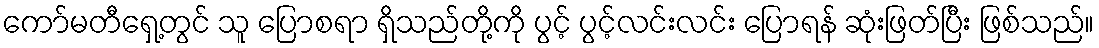
ကော်မတီရှေ့တွင် သူ ပြောစရာ ရှိသည်တို့ကို ပွင့် ပွင့်လင်းလင်း ပြောရန် ဆုံးဖြတ်ပြီး ဖြစ်သည်။